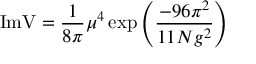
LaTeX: \mathrm { I m } \mathrm { V } = \frac { 1 } { 8 \pi } \mu ^ { 4 } \exp { \left( \frac { - 9 6 \pi ^ { 2 } } { 1 1 N g ^ { 2 } } \right) }